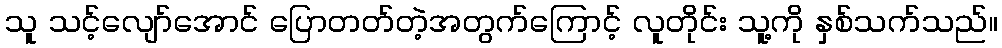
သူ သင့်လျော်အောင် ပြောတတ်တဲ့အတွက်ကြောင့် လူတိုင်း သူ့ကို နှစ်သက်သည်။